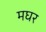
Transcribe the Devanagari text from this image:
मघर